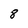
Character: 8